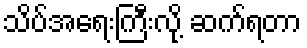
သိပ်အရေးကြီးလို့ ဆက်ရတာ